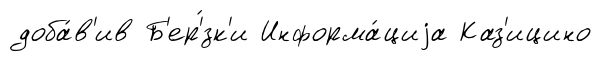
доба́в'ив Б'ер'́зк'и Информа́циjа Каз'ицино